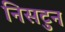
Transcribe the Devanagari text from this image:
निसटुन